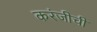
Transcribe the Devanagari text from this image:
करंजीची